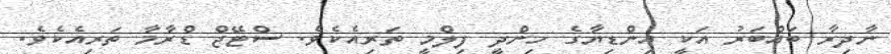
ނާދިރާ ބައްބަރު އަކީ އިންޑިޔާގެ ހިންދީ ފިލްމީ ތަރިއެކެވެ. ސްޓޭޖް ޑްރާމާ ތަރިއެކެވެ.